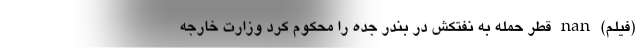
(فیلم) nan قطر حمله به نفتکش در بندر جده را محکوم کرد وزارت خارجه